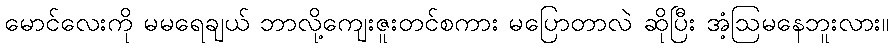
မောင်လေးကို မမရေချယ် ဘာလို့ကျေးဇူးတင်စကား မပြောတာလဲ ဆိုပြီး အံ့ဩမနေဘူးလား။